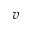
v